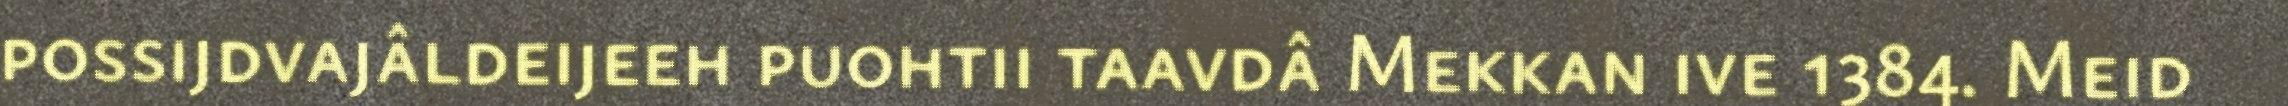
possijdvajâldeijeeh puohtii taavdâ Mekkan ive 1384. Meid